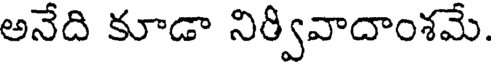
అనేది కూడా నిర్వివాదాంశమే.